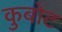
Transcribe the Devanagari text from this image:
कुबोट